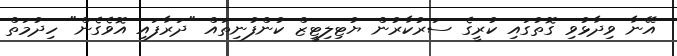
އޭނާ ވިދާޅުވި ގޮތުގައި ކުރީގެ ސަރުކާރުން ޔުޓިލިޓީޒް ކުންފުނިތައް "ދަރާފައި އޮވެގެން" ހިދުމަތް